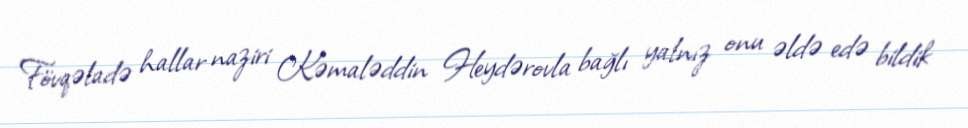
Fövqəladə hallar naziri Kəmaləddin Heydərovla bağlı yalnız onu əldə edə bildik